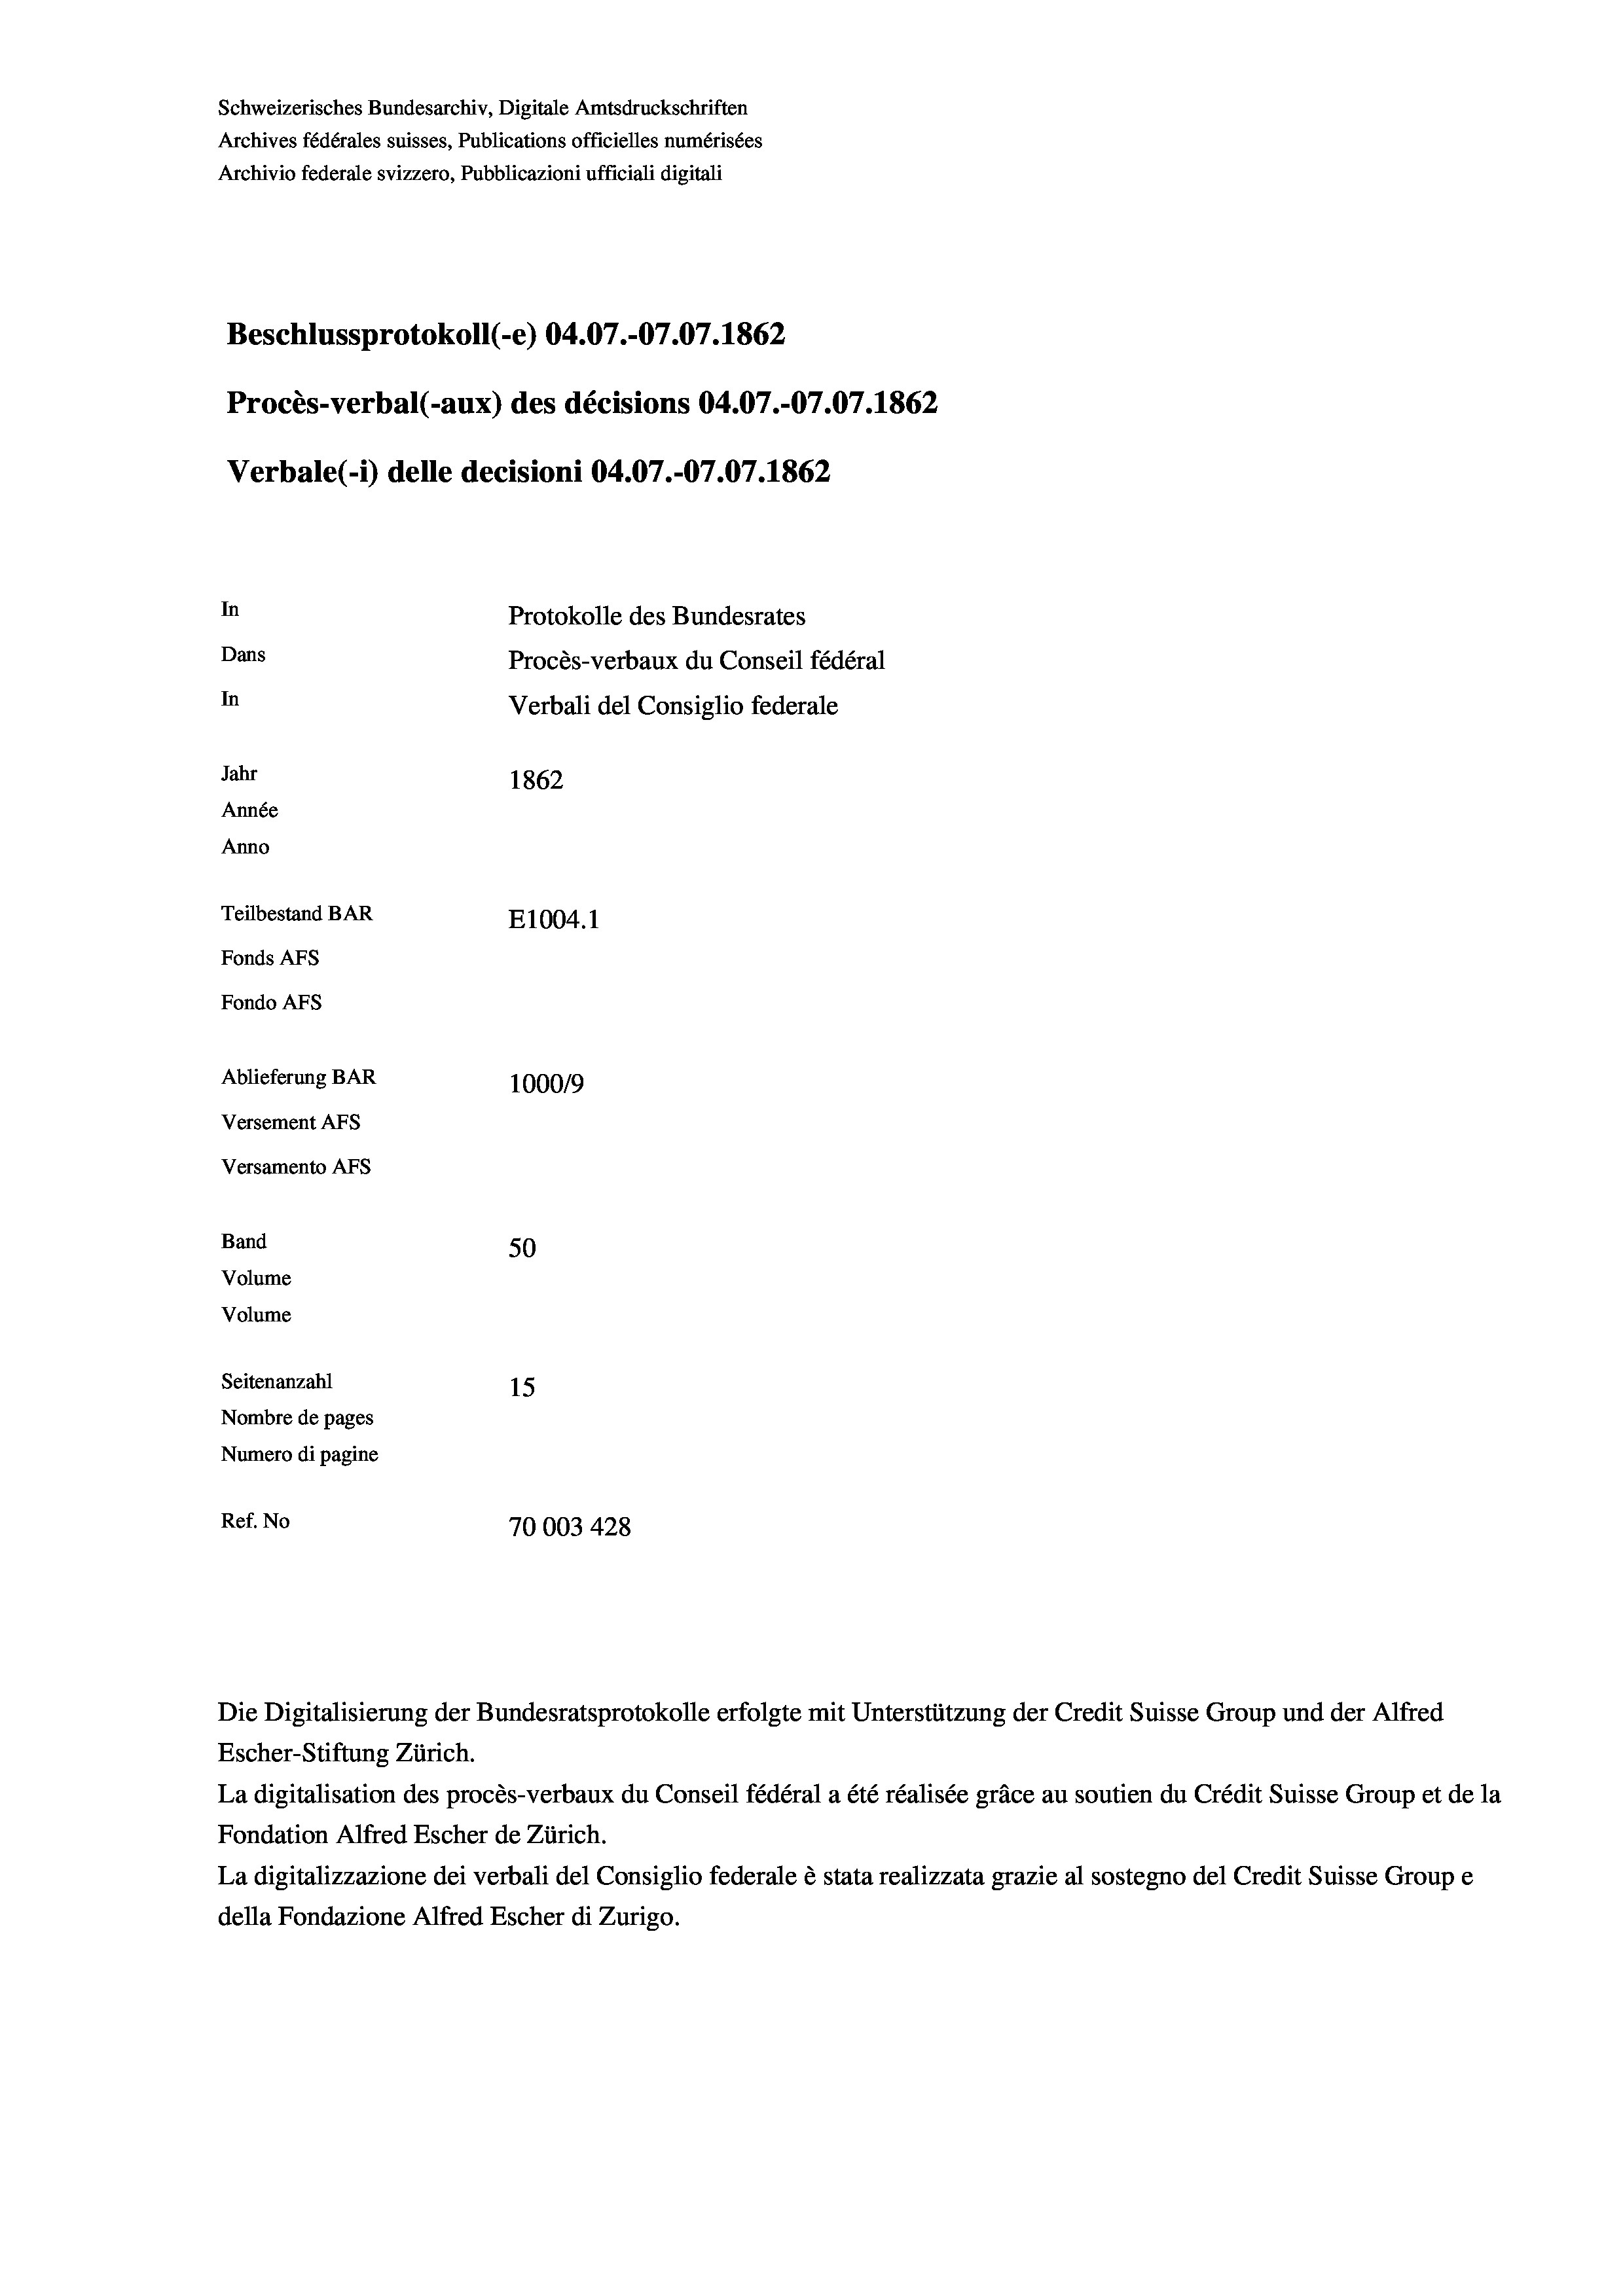
Schweizerisches Bundesarchiv, Digitale Amtsdruckschriften
Archives fédérales suisses, Publications officielles numérisées
Archivio federale svizzero, Pubblicazioni ufficiali digitali

Beschlussprotokoll (-e) 04.07.-07.07. 1862
Procès-verbal (-aux) des décisions 04.07.-07.07. 1862
In
Protokolle des Bundesrates
Dans
Procès-verbaux du Conseil fédéral
In
Verbali del Consiglio federale
Jahr
1862
Année
Anno
Teilbestand BAR
E1004. 1
Fonds AFs
Fondo AFs
Ablieferung BAR
100019
Versement AFs
Versamento AFs

Band

Volume
Volume

Verbale (i) delle decisioni 04.07.-07.07. 1862

50

Seitenanzahl
15
Nombre de pages
Numero di pagine
Ref. No
70003 428

Die Digitalisierung der Bundesratsprotokolle erfolgte mit Unterstützung der Credit Suisse Group und der Alfred
Escher-Stiftung Zürich.
La digitalisation des procès-verbaux du Conseil fédéral a été réalisée gräce au soutien du Crédit Suisse Group et de la
Fondation Alfred Escher de Zürich.
La digitalizzazione dei verbali del Consiglio federale è stata realizzata grazie al sostegno del Credit Suisse Groupe
della Fondazione Alfred Escher di Zurigo.